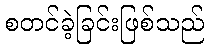
စတင်ခဲ့ခြင်းဖြစ်သည်